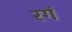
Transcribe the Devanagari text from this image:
रगं